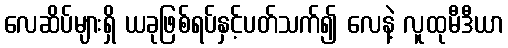
လေဆိပ်များရှိ ယခုဖြစ်ရပ်နှင့်ပတ်သက်၍ လေနဲ့ လူထုမီဒီယာ